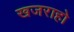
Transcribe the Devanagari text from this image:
खजराहो